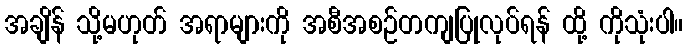
အချိန် သို့မဟုတ် အရာများကို အစီအစဉ်တကျပြုလုပ်ရန် ထို့ ကိုသုံးပါ။